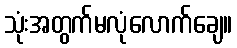
သုံးအတွက်မလုံလောက်ချေ။